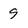
Character: 9